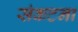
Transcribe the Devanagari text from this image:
संकटना